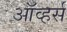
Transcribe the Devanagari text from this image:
ऑव्हर्स